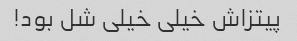
پیتزاش خیلی خیلی شل بود!